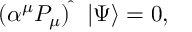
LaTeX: ( \alpha ^ { \mu } { P } _ { \mu } ) ^ { \widehat { } } \ \ | \Psi \rangle = 0 ,